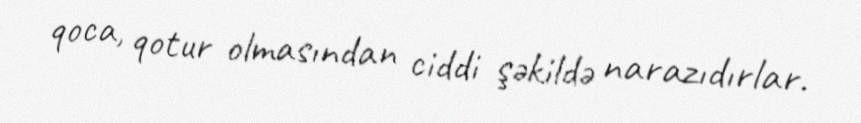
qoca, qotur olmasından ciddi şəkildə narazıdırlar.